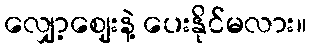
လျှော့ဈေးနဲ့ ပေးနိုင်မလား။